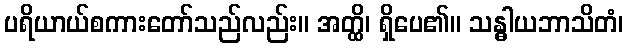
ပရိယာယ်စကားတော်သည်လည်း။ အတ္ထိ၊ ရှိပေ၏။ သန္ဓါယဘာသိတံ၊